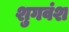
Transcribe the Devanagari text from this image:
शुगवंश